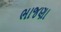
ભાજણા